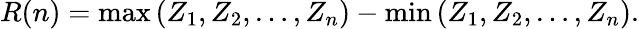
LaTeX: R(n)=\max\left(Z_{1},Z_{2},\dots,Z_{n}\right)-\min\left(Z_{1},Z_{2},\dots,Z_{n}\right).